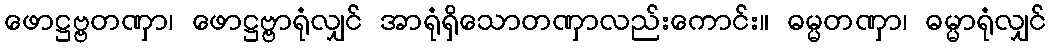
ဖောဋ္ဌဗ္ဗတဏှာ၊ ဖောဋ္ဌဗ္ဗာရုံလျှင် အာရုံရှိသောတဏှာလည်းကောင်း။ ဓမ္မတဏှာ၊ ဓမ္မာရုံလျှင်